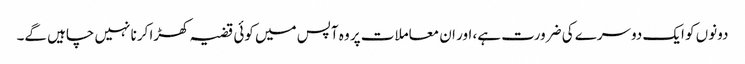
دونوں کو ایک دوسرے کی ضرورت ہے، اور ان معاملات پر وہ آپس میں کوئی قضیہ کھڑا کرنا نہیں چاہیں گے۔